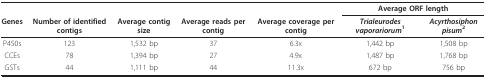
<table><thead><tr><td></td><td></td><td></td><td></td><td></td><td colspan="2"><b>Average ORF length</b></td></tr><tr><td><b>Genes</b></td><td><b>Number of identified contigs</b></td><td><b>Average contig size</b></td><td><b>Average reads per contig</b></td><td><b>Average coverage per contig</b></td><td><b><i>Trialeurodes vaporariorum</i><sup>1</sup></b></td><td><b><i>Acyrthosiphon pisum</i><sup>2</sup></b></td></tr></thead><tbody><tr><td>P450s</td><td>123</td><td>1,532 bp</td><td>37</td><td>6.3x</td><td>1,442 bp</td><td>1,508 bp</td></tr><tr><td>CCEs</td><td>78</td><td>1,394 bp</td><td>27</td><td>4.9x</td><td>1,487 bp</td><td>1,768 bp</td></tr><tr><td>GSTs</td><td>44</td><td>1,111 bp</td><td>44</td><td>11.3x</td><td>672 bp</td><td>756 bp</td></tr></tbody></table>